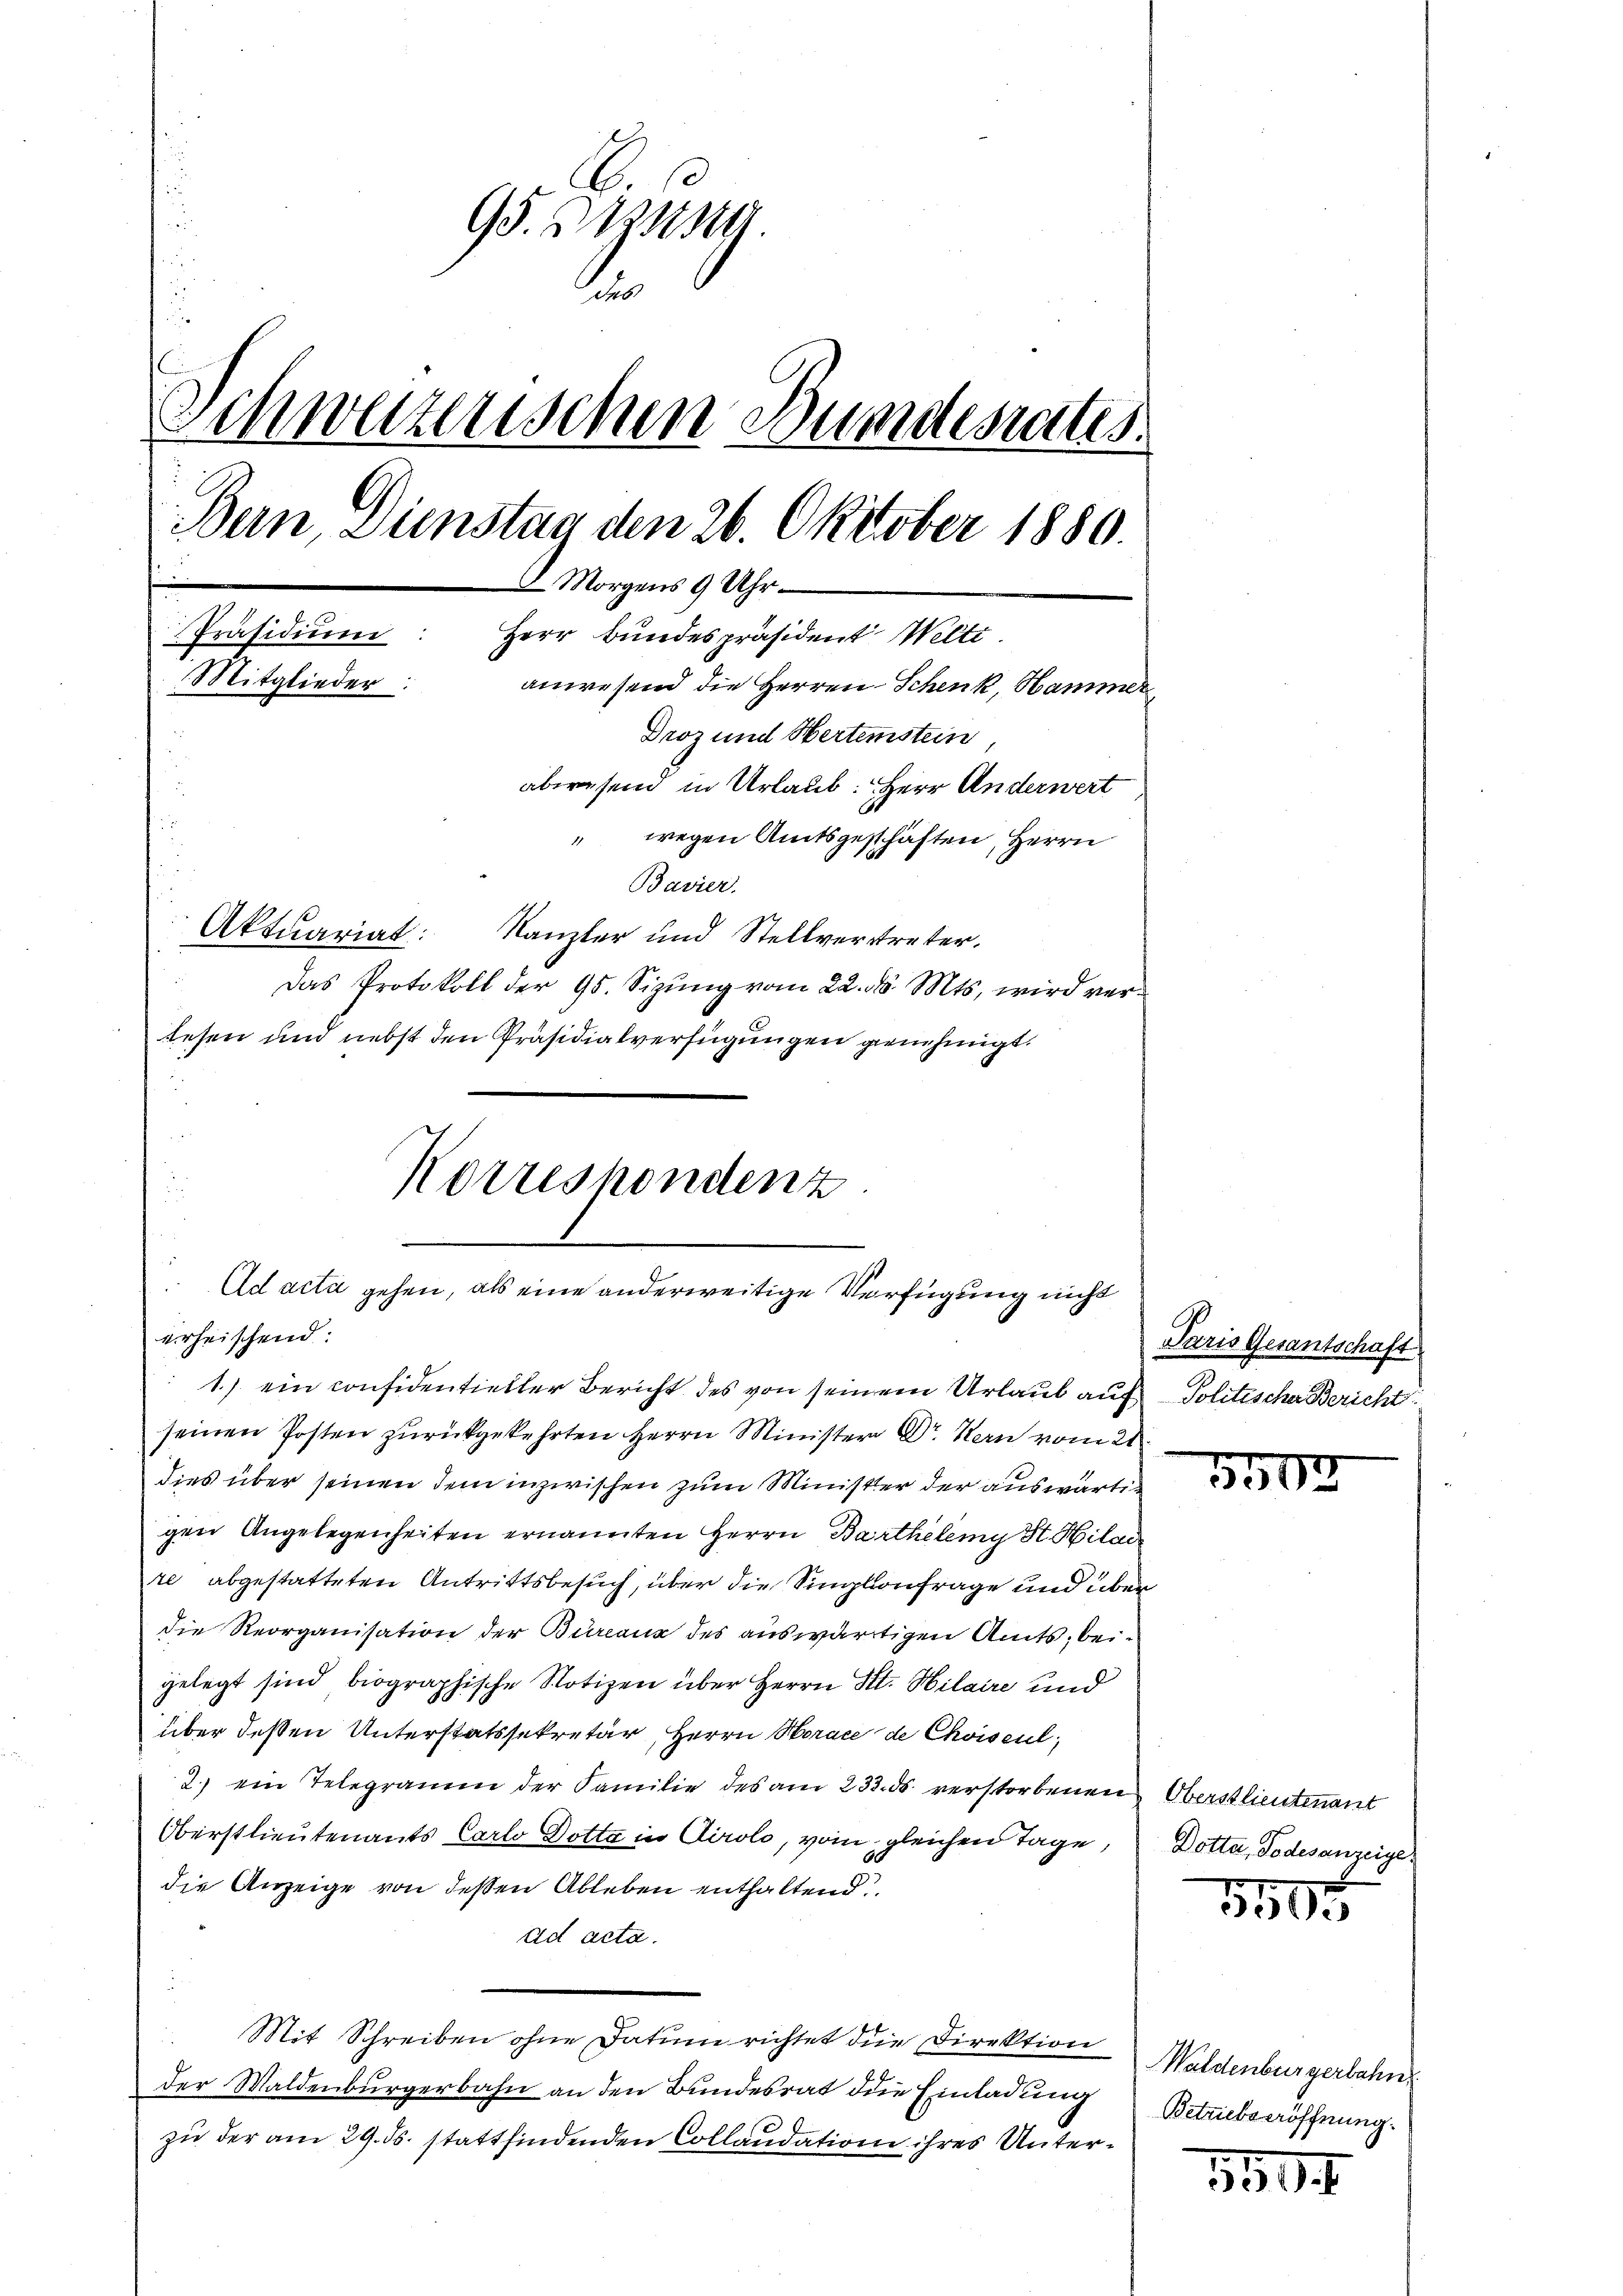
95. 711
.
Schwarzenschen Bundesrates
Bern, Dünstag den 26. Oktober 1880.
8. Morgens 9 Uhr
Präsidiŭm: Herr Bundespräsident Welti.
Mitglieder:
anwesend die Herren Schenk, Hammer
Droz und Hertenstein,
abersend in Urlaub: Herr Anderwert
" wegen Amtsgeschäften, Herrn
Bavier.
Aktuariat: Kanzler und Stellvertreter.
Das Protokoll der 95. Sizung vom 22. ds. Mts. wird verlesen und nebst den Präsidialverfügungen genehmigt.

Korrespondenz
Ad acta gehen, als eine anderweitige Verfügung nicht
erheischend:

1.) ein considentieller Bericht des von seinem Urlaub auf Politischer Bericht
seinen Posten zurückgekehrten Herrn Minister Dr. Kern vom 21
dies über seinen dem inzwischen zum Minister der auswärtigen Angelegenheiten ernannten Herrn Barthelemy St. Hilai
re abgestatteten Antrittsbesuch, über die Singkonfrage und über
die Reorganisation der Bureaux des auswärtigen Amts, beigelegt sind biographische Notizen über Herrn St. Hilaire und
über deßen Unterstatssekretär, Herrn Horace de Choisel,
2.) ein Telegramm der Familie des am 233. ds verstorbenen Oberstlieutenant
Oberstlieutenants Carlo Dotta in Airolo, vom gleichen Tage, Dotta, Todesanzeige
die Anzeige von dessen Ableben enthaltend
ad acta.
Mit Schreiben ohne Datum richtet die Direktion
der Waldenburgerbahn an den Bundesrat die Einladung
zu der am 29. ds. stattfindenden Collaudation ihres Unter¬

Paris Gesantschaft

5502

5505

Waldenburgerbahn
Betriebseröffnung.

5504